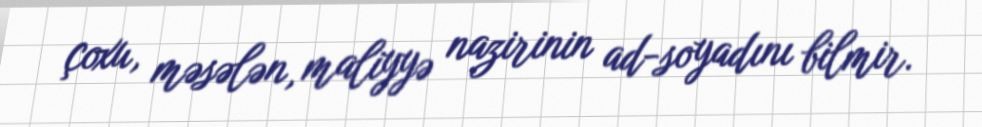
çoxu, məsələn, maliyyə nazirinin ad-soyadını bilmir.